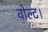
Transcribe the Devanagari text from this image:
वोल्ट।